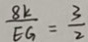
\frac { 8 k } { E G } = \frac { 3 } { 2 }